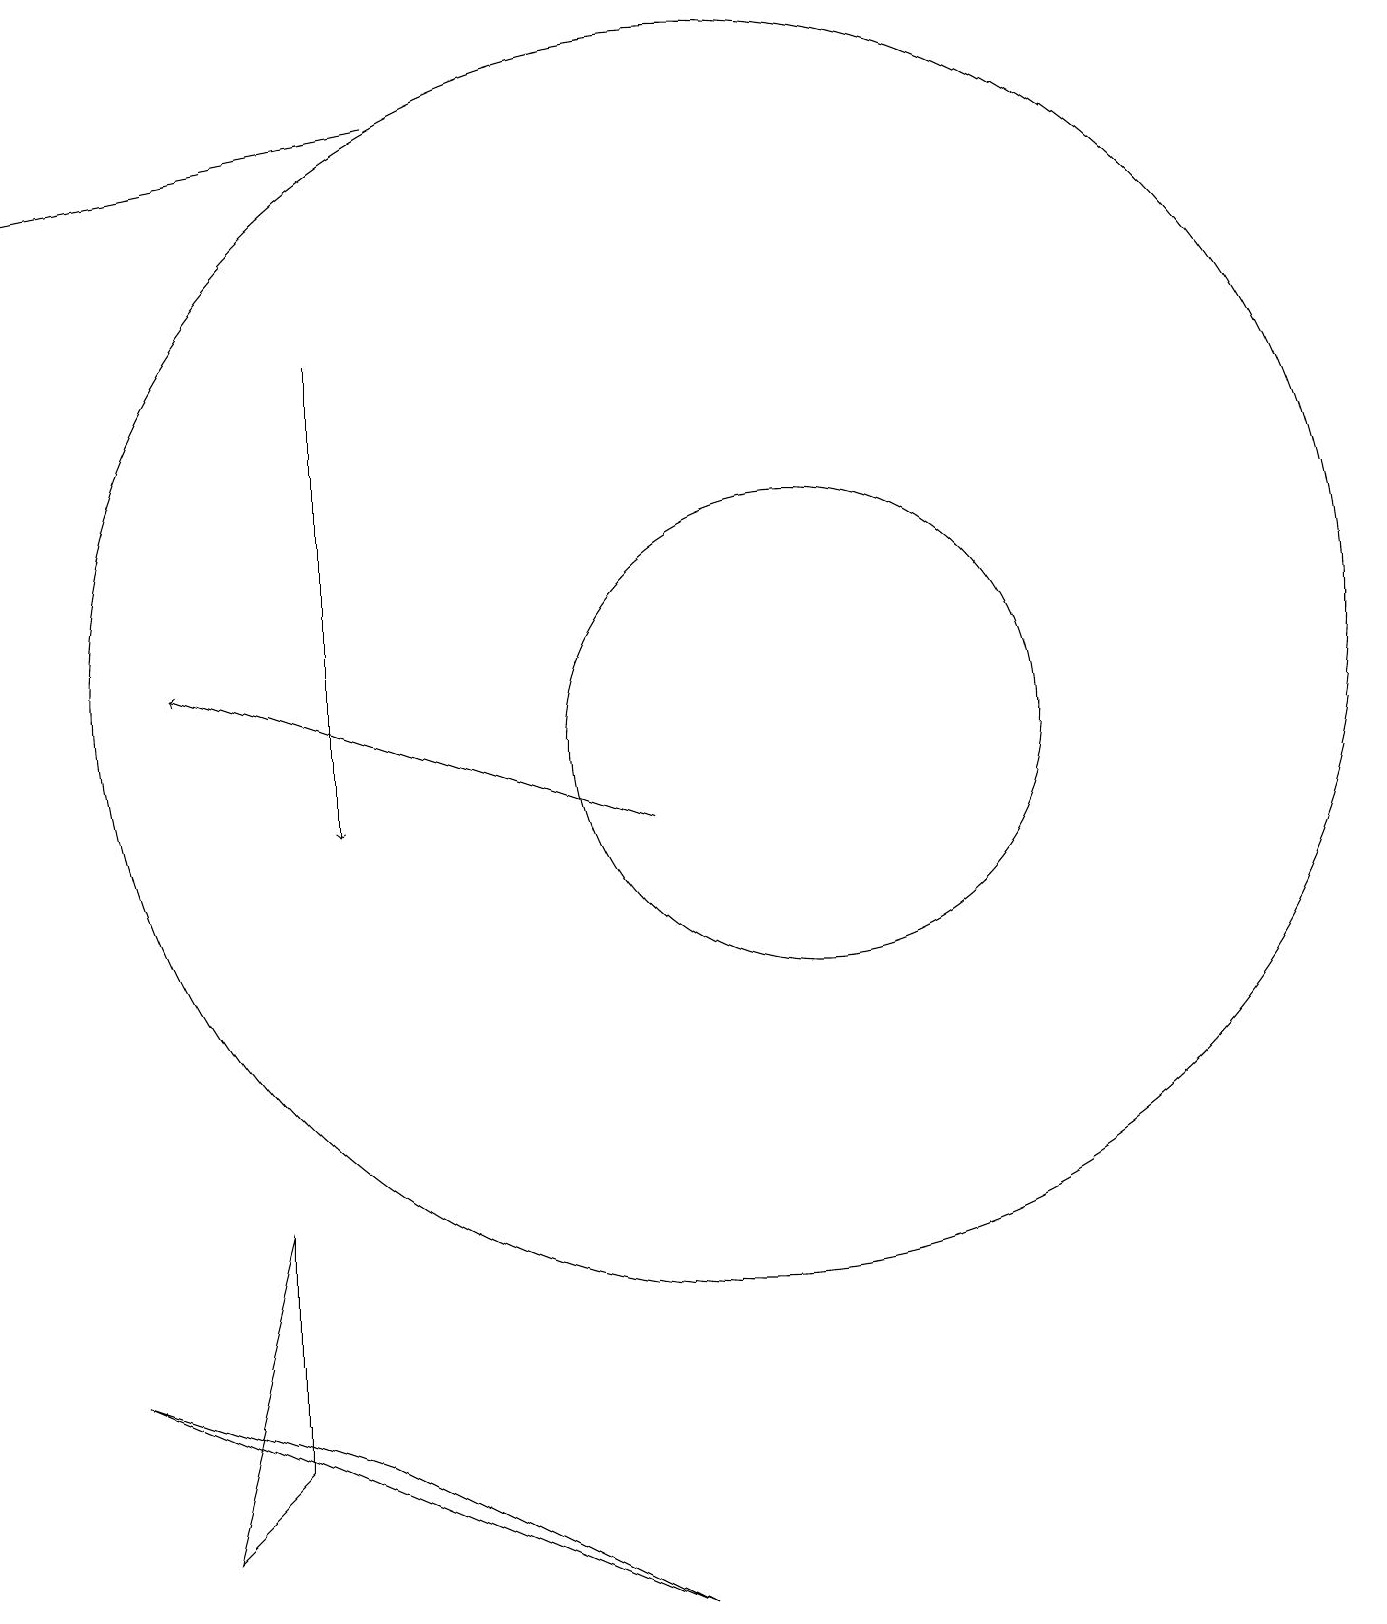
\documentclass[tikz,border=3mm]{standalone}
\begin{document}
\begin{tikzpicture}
\draw[->] (5,16) -- (5,10);
\draw (3,1) -- (4,2) -- (4,5) -- cycle;
\draw[->] (9,10) -- (3,12);
\draw (11,11) circle (3);
\draw[->] (6,19) -- (1,18);
\draw (10,12) circle (8);
\draw (11,11) circle (0);
\draw (2,3) -- (5,2) -- (9,0) -- cycle;
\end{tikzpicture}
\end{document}